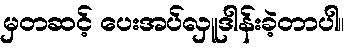
မှတဆင့် ပေးအပ်လှူဒါန်းခဲ့တာပါ။